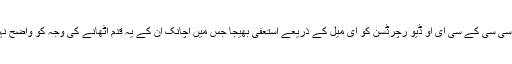
منوہر نے آئی سی سی کے سی ای او ڈیو رچرڈسن کو ای میل کے ذریعے استعفی بھیجا جس میں اچانک ان کے یہ قدم اٹھانے کی وجہ کو واضح نہیں کیا گیا ہے۔